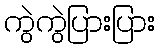
ကွဲကွဲပြားပြား